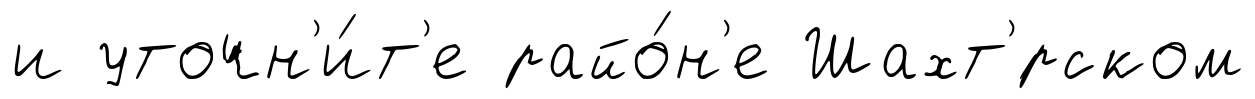
и уточн'и́т'е райо́н'е Шахт'́рском